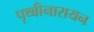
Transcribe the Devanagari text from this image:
पृथ्बीनारायन